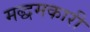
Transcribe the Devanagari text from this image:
मद्धमकारी